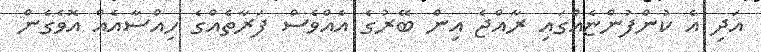
އަދި އެ ކުންފުންޏެއްގައި ރާއްޖެ އިން ބޭރުގެ އެއްވެސް ފަރާތެއްގެ ހިއްސާއެއް އޮވެގެން